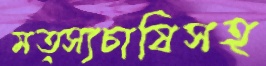
মত্স্যচাষিসহ